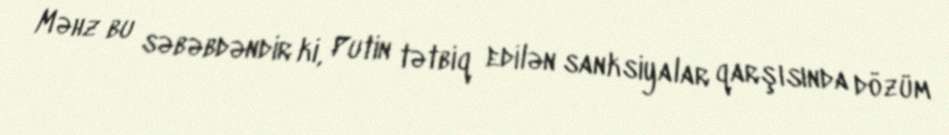
Məhz bu səbəbdəndir ki, Putin tətbiq edilən sanksiyalar qarşısında dözüm